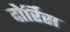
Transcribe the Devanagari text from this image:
दोर्रिस